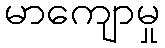
မာကျောမှု